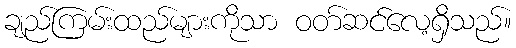
ချည်ကြမ်းထည်များကိုသာ ဝတ်ဆင်လေ့ရှိသည်။